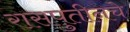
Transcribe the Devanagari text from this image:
रासपुतीनचे